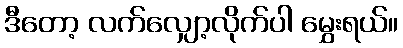
ဒီတော့ လက်လျှော့လိုက်ပါ မွှေးရယ်။